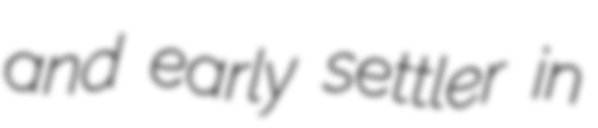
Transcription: and early settler in